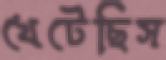
খেটেছিস